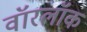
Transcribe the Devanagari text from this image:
वॉरलॉक